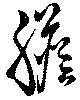
胆